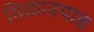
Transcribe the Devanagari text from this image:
मिळावयास